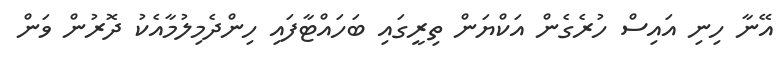
އޭނާ ހިނި އައިސް ހުރެގެން އަކްޔަން ތިރީގައި ބަހައްޓާފައި ހިންދެމިލުމާއެކު ދޮރުން ވަން